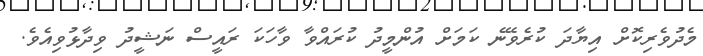
މެދުވެރިކޮށް އިޔާދަ ކުރެވޭނެ ކަމަށް އުންމީދު ކުރައްވާ ވާހަކަ ރައީސް ނަޝީދު ވިދާޅުވިއެވެ.